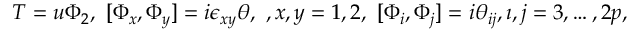
T = u \Phi _ { 2 } , \ [ \Phi _ { x } , \Phi _ { y } ] = i \epsilon _ { x y } \theta , \ , x , y = 1 , 2 , \ [ \Phi _ { i } , \Phi _ { j } ] = i \theta _ { i j } , \i , j = 3 , \dots , 2 p ,